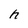
Character: h